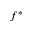
f ^ { * }